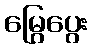
မြွေပွေး